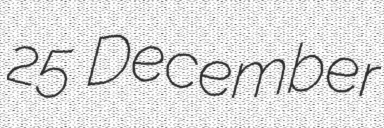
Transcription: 25 December